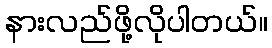
နားလည်ဖို့လိုပါတယ်။